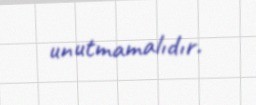
unutmamalıdır.